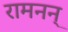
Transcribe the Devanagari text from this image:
रामनन्‌